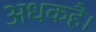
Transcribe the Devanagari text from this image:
अधकहै।